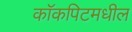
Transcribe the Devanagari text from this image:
कॉकपिटमधील